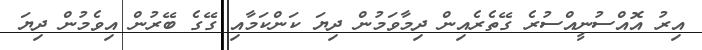
އިރު އޮއްސުނީއްސުރެ ގޭތެރެއިން ދިމާވަމުން ދިޔަ ކަންކަމާއި ގޭގެ ބޭރުން އިވެމުން ދިޔަ